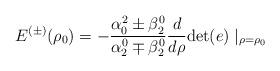
LaTeX: \begin{align*}E^{(\pm)}(\rho_0)=-\frac{\alpha^2_0\pm\beta^0_2}{\alpha^0_2\mp\beta_2^0}\frac{d}{d\rho} {\rm det}(e)\mid_{\rho=\rho_0}\end{align*}